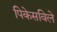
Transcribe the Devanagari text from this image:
पिकेसविले